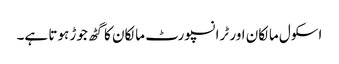
اسکول مالکان اور ٹرانسپورٹ مالکان کا گٹھ جوڑ ہوتا ہے۔